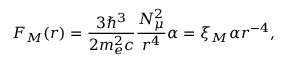
F _ { M } ( r ) = \frac { 3 \hbar ^ { 3 } } { 2 m _ { e } ^ { 2 } c } \frac { N _ { \mu } ^ { 2 } } { r ^ { 4 } } \alpha = \xi _ { M } \alpha r ^ { - 4 } ,